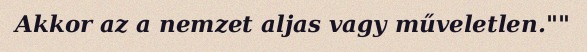
Akkor az a nemzet aljas vagy műveletlen.""